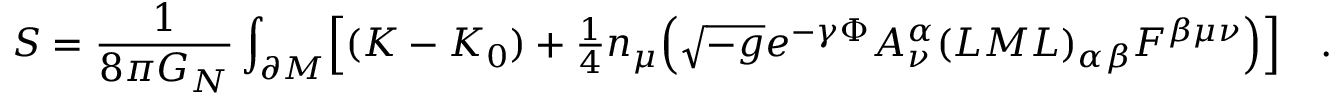
S = \frac { 1 } { 8 \pi G _ { N } } \int _ { \partial M } \Bigl [ ( K - K _ { 0 } ) + { \textstyle { \frac { 1 } { 4 } } } n _ { \mu } \Bigl ( \sqrt { - g } e ^ { - \gamma \Phi } A _ { \nu } ^ { \alpha } ( L M L ) _ { \alpha \beta } F ^ { \beta \mu \nu } \Bigr ) \Bigr ] \quad .